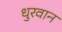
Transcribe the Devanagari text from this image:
धुरवान